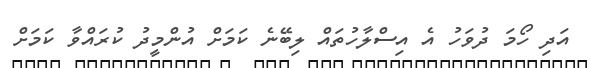
އަދި ހޯމަ ދުވަހު އެ އިސްލާހުތައް ލިބޭނެ ކަމަށް އުންމީދު ކުރައްވާ ކަމަށް